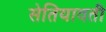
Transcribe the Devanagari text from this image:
सेतियावती